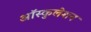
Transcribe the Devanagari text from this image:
ऑस्कुलेशन